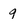
Character: q